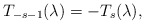
\begin{align*}T_{-s-1}(\lambda) = - T_s(\lambda),\end{align*}